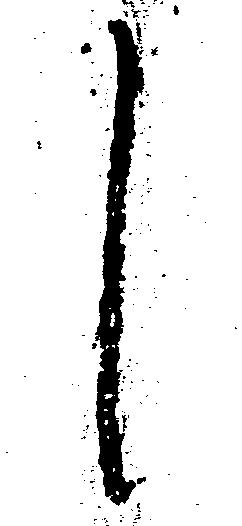
し